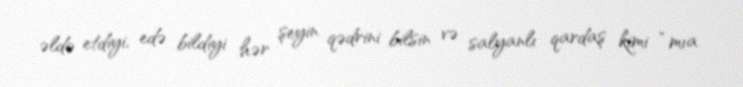
əldə etdiyi, edə bildiyi hər şeyin qədrini bilsin və salyanlı qardaş kimi “mıa